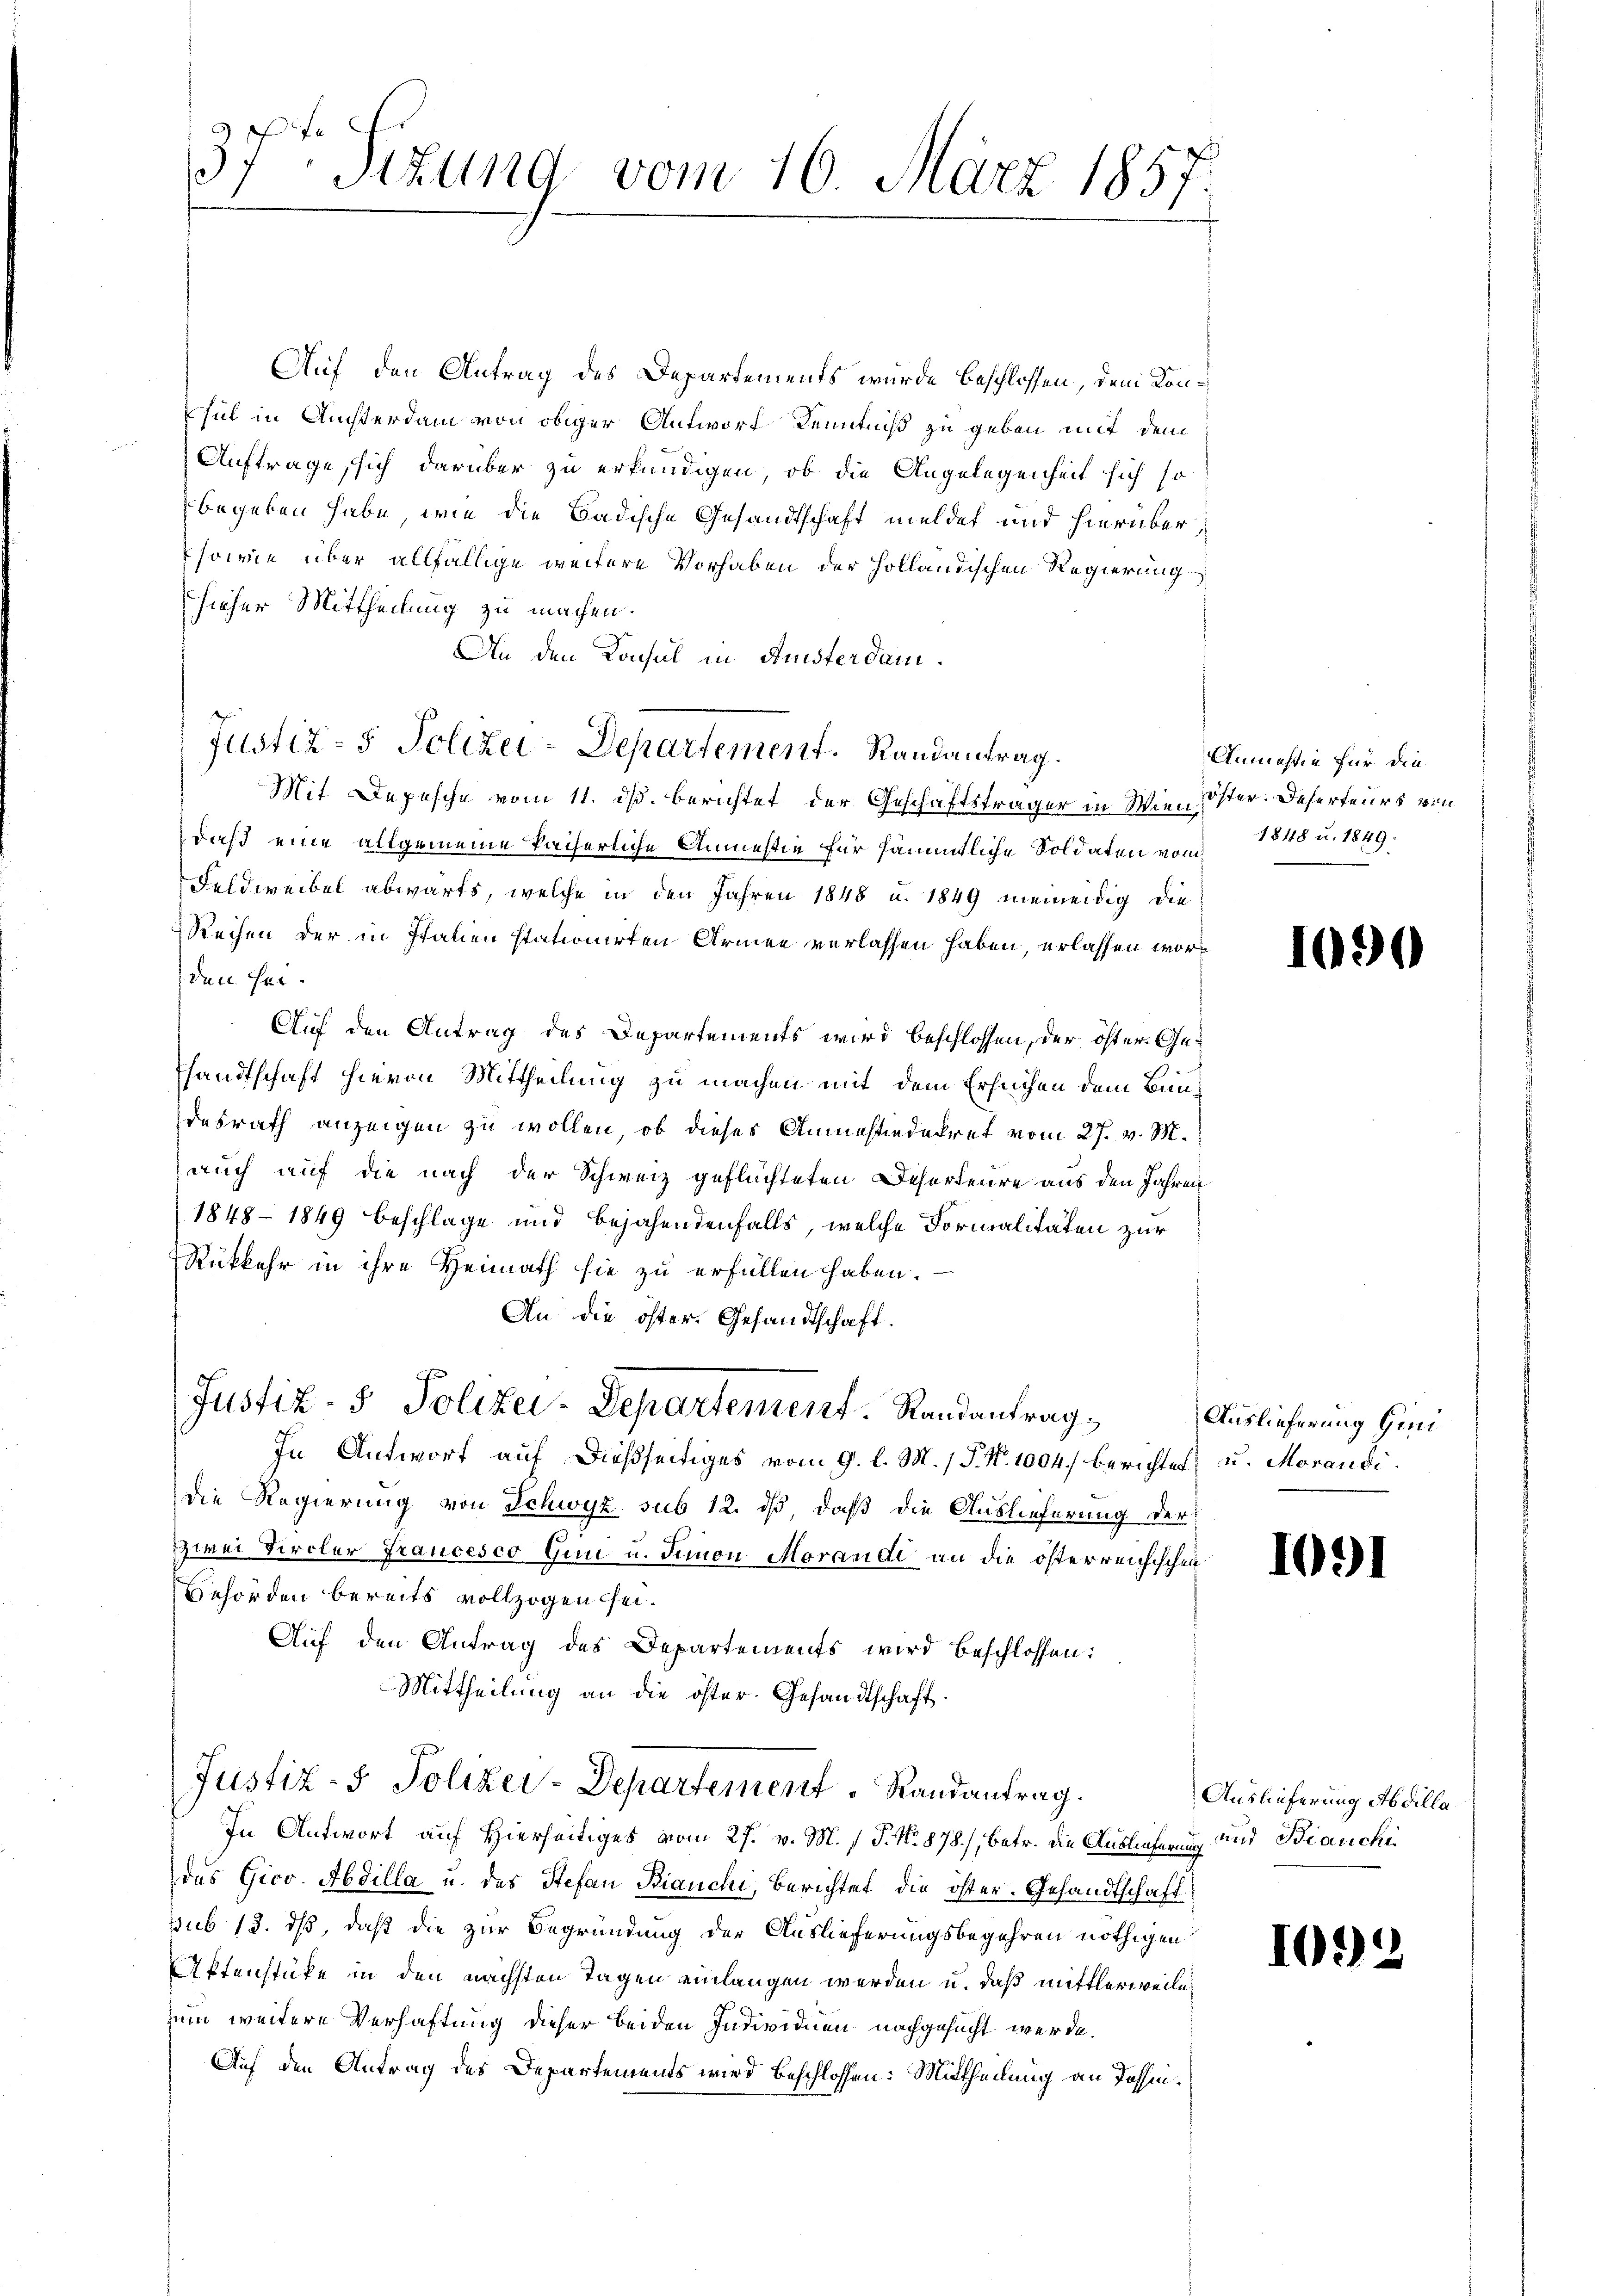
f
37
Sizung vom 10. März 1857.

Auf den Antrag des Departements wurde beschlossen, dem Konpsul in Ansterdam von obiger Antworf Kenntniß zu geben mit dem
Auftrage, sich darüber zu erkundigen, ob die Angelegenheit sich so
begeben habe, wie die Badische Gesandtschaft meldet und hierüber,
sowie über allfällige weitere Vorhaben der Holländischen Regierung
hieher Mittheilung zu machen.
An den Konsul in Ansterdam¬
Justiz- & Polizei-Departement. Randantrag.
Mit Depesche vom 11. ds. berichtet der Geschäftsträger in Wien Öster. Deserteurs von
daß eine allgemeine kaiserliche Anmestie für sämmtliche Soldaten von 1848 u. 1849.
Feldweibel abwärts, welche in den Jahren 1848 u. 1849 niemendig die
Reihen der in Italien stationirten Armee verlassen haben, erlassen worden Her¬
Auf den Antrag des Departements wird beschlossen, der öster Gesandtschaft hievon Mittheilung zu machen mit dem Ersuchen dem Bundesrath anzeigen zu wollen, ob dieses Anmessiedekret vom 27. v. M.
auch auf die nach der Schweiz geflüchteten Deserteure aus den Jahren
1848 - 1849 beschlage und bejahendenfalls, welche Formalitäten zur
Rükkehr in ihre Heimath sie zu erfüllen haben.
An die öster. Gesandtschaft.
Justiz- & Polizei-Departement. Randantrag,
In Antwort auf dießseitiges vom 9. l. M. / P. Nr. 1004. berichtet, u. Morandidie Regierung von Schwyz sub 12. ds, daß die Auslieferung der
zwei Kircher Francesco Gun u. Simon Morandi an die österreichischen
Behörden bereits vollzogen sei¬
Auf den Antrag des Departements wird beschlossen:
Mittheilung an die öster. Gesandtschaft.
Justiz- & Polizer-Departement. Randantrag.
In Antwort auf Hierseitiges vom 27. v. M. P. No. 878), betr. die Auslieferung und Bianchi
des Gico. Abdilla u. des Stefan Bianchi, Berichtet die öster. Gesandtschaft
sub 13. ds, daß die zur Begründung der Auslieferungsbegehren nöthigen
Aktenstüke in den nächsten Tagen einlangen werden u. daß mittlerweile
zum weitere Verhaftung dieser beiden Individuen nachgesucht werde.
Auf den Antrag des Departements wird beschlossen: Mittheilung an Tessin¬

Anmassin für die

1090

Auslieferung Gim

109)

Auslieferung Abdilla

10.

.